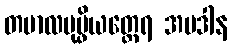
တမာလပုပ္ဖိယတ္ထေရ အပဒါန